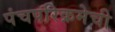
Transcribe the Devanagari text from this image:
पंचपरिक्रमेची